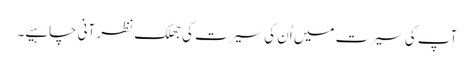
آپ کی سیرت میں اُن کی سیرت کی جھلک نظر آنی چاہیے۔